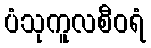
ပံသုကူလစီဝရံ